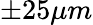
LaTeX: \pm 25\mu m